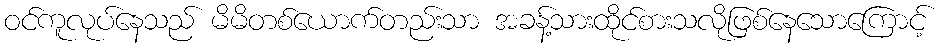
ဝင်ကူလုပ်နေသည် မိမိတစ်ယောက်တည်းသာ အခန့်သားထိုင်စားသလိုဖြစ်နေသောကြောင့်